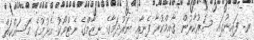
ރ. ފައިނުގައި ސަރުކާރުން ޤާއިމްކުރާ ފެނާއި ނަރުދަމާގެ ނިޒާމްގެ ނެޓްވޯކު އެޅުމުގެ މަސައްކަތް